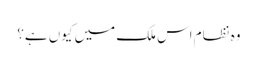
وہ نظام اس ملک میں کیوں ہے؟